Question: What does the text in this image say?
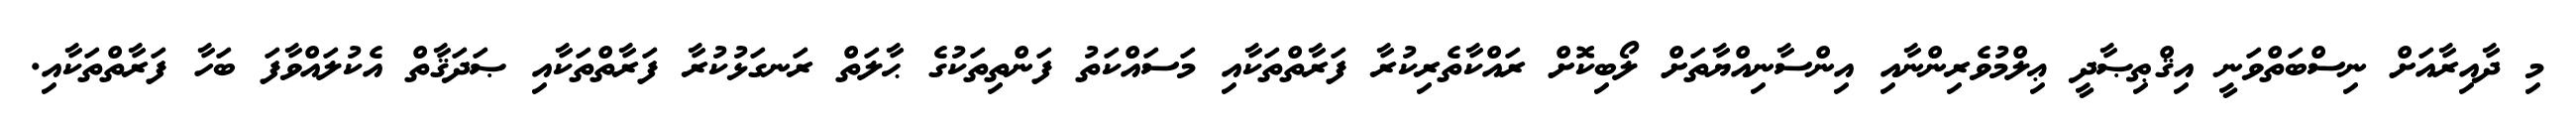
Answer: މި ދާއިރާއަށް ނިސްބަތްވަނީ އިޤްޠިޞާދީ ޢިލްމުވެރިންނާއި އިންސާނިއްޔާތަށް ލޯބިކޮށް ރައްކާތެރިކުރާ ފަރާތްތަކާއި މަސައްކަތު ފަންތިތަކުގެ ޙާލަތް ރަނގަޅުކުރާ ފަރާތްތަކާއި ޞަދަޤާތް އެކުލައްވާފަ ބަހާ ފަރާތްތަކާއި.